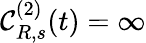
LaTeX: {\mathcal C}_{R,s}^{(2)}(t)=\infty